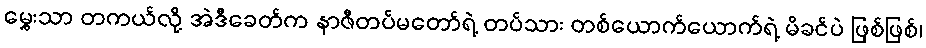
မွှေးသာ တကယ်လို့ အဲဒီခေတ်က နာဇီတပ်မတော်ရဲ့ တပ်သား တစ်ယောက်ယောက်ရဲ့ မိခင်ပဲ ဖြစ်ဖြစ်၊